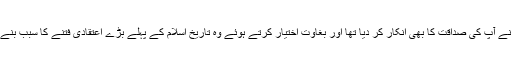
انہوں نے آپ کی صداقت کا بھی انکار کر دیا تھا اور بغاوت اختیار کرتے ہوئے وہ تاریخِ اسلام کے پہلے بڑے اعتقادی فتنے کا سبب بنے تھے۔